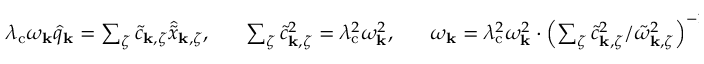
\begin{array} { r } { \lambda _ { \mathrm { c } } \omega _ { \mathbf { k } } \hat { q } _ { \mathbf { k } } = \sum _ { \zeta } \tilde { c } _ { { \bf k } , \zeta } \hat { \tilde { x } } _ { { \bf k } , \zeta } , ~ ~ ~ ~ ~ \sum _ { \zeta } \tilde { c } _ { { \bf k } , \zeta } ^ { 2 } = \lambda _ { \mathrm { c } } ^ { 2 } \omega _ { \mathbf { k } } ^ { 2 } , ~ ~ ~ ~ ~ \omega _ { \mathbf { k } } = \lambda _ { \mathrm { c } } ^ { 2 } \omega _ { \mathbf { k } } ^ { 2 } \cdot \left( \sum _ { \zeta } \tilde { c } _ { { \bf k } , \zeta } ^ { 2 } / \tilde { \omega } _ { { \bf k } , \zeta } ^ { 2 } \right) ^ { - 1 } . } \end{array}